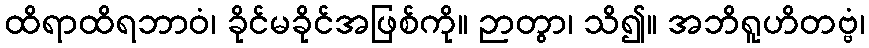
ထိရာထိရဘာဝံ၊ ခိုင်မခိုင်အဖြစ်ကို။ ဉာတွာ၊ သိ၍။ အဘိရူဟိတဗ္ဗံ၊